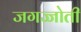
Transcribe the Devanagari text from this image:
जगज्जोती